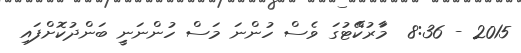
2015 - 8:36  މަަަަާރުކޭޭްޓުގަ ވެސް ހުންނަ މަސް ހުންނަނިިިީ ބަންދުކޮށްފައި